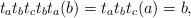
LaTeX: \begin{align*}t_{a} t_{b} t_{c} t_{b} t_{a}(b) = t_{a} t_{b} t_{c}(a) = b, \end{align*}